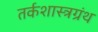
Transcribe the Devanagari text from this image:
तर्कशास्त्रग्रंथ